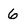
Character: 6